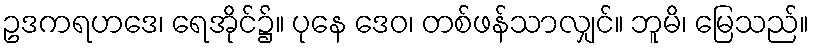
ဥဒကရဟဒေ၊ ရေအိုင်၌။ ပုနေ ဒေဝ၊ တစ်ဖန်သာလျှင်။ ဘူမိ၊ မြေသည်။